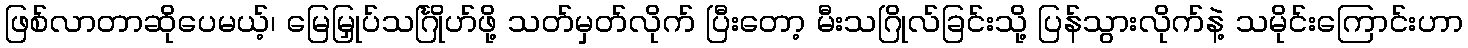
ဖြစ်လာတာဆိုပေမယ့်၊ မြေမြှုပ်သင်္ဂြိုဟ်ဖို့ သတ်မှတ်လိုက် ပြီးတော့ မီးသဂြိုလ်ခြင်းသို့ ပြန်သွားလိုက်နဲ့ သမိုင်းကြောင်းဟာ